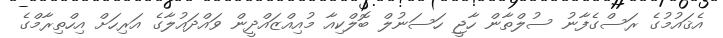
އެޤައުމުގެ ރަސްގެފާނު ސުލްތާން ހާޖީ ހަސަނުލް ބޮލްކިއާ މުއިއްޒައްދީން ވައްދައުލާގެ އަރިހަށް އިހްތިރާމްގެ